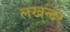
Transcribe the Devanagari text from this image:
लखन्दर